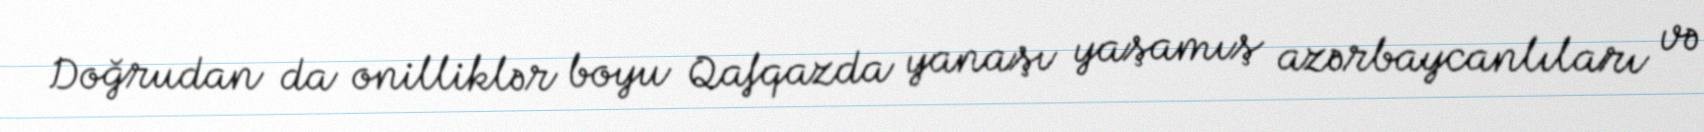
Doğrudan da onilliklər boyu Qafqazda yanaşı yaşamış azərbaycanlıları və